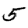
Digit: 5